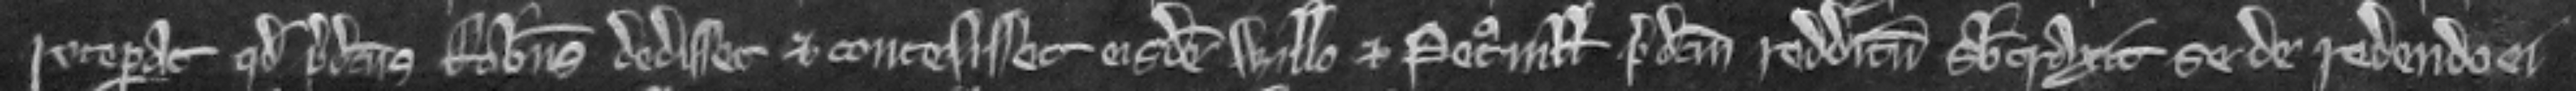
receperat quod predictus Robertus dedisset et concessisset eisdem Willelmo et Petronille predictum redditum subtraxit se de reddendo ei